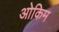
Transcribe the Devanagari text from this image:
ओकिम